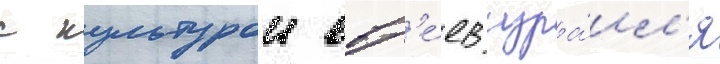
с культурои евр'е́ев изра́ил'я